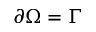
\partial \Omega = \Gamma